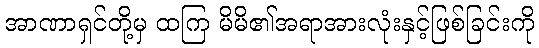
အာဏာရှင်တို့မှ ထကြ မိမိ၏အရာအားလုံးနှင့်ဖြစ်ခြင်းကို